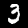
Label: 3